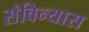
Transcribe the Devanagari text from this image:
संविन्यास